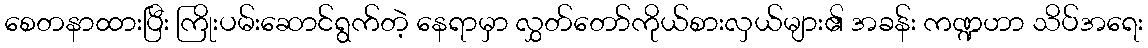
စေတနာထားပြီး ကြိုးပမ်းဆောင်ရွက်တဲ့ နေရာမှာ လွှတ်တော်ကိုယ်စားလှယ်များ၏ အခန်း ကဏ္ဍဟာ သိပ်အရေး